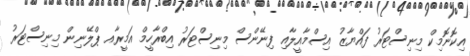
އިކޮނޮމިކް މިނިސްޓަރު ފައްޔާޒު އިސްމާއީލާއި ފިނޭންސް މިނިސްޓަރު އިބްރާހީމް އަމީރާއ ޕްލޭނިން މިނިސްޓަރު